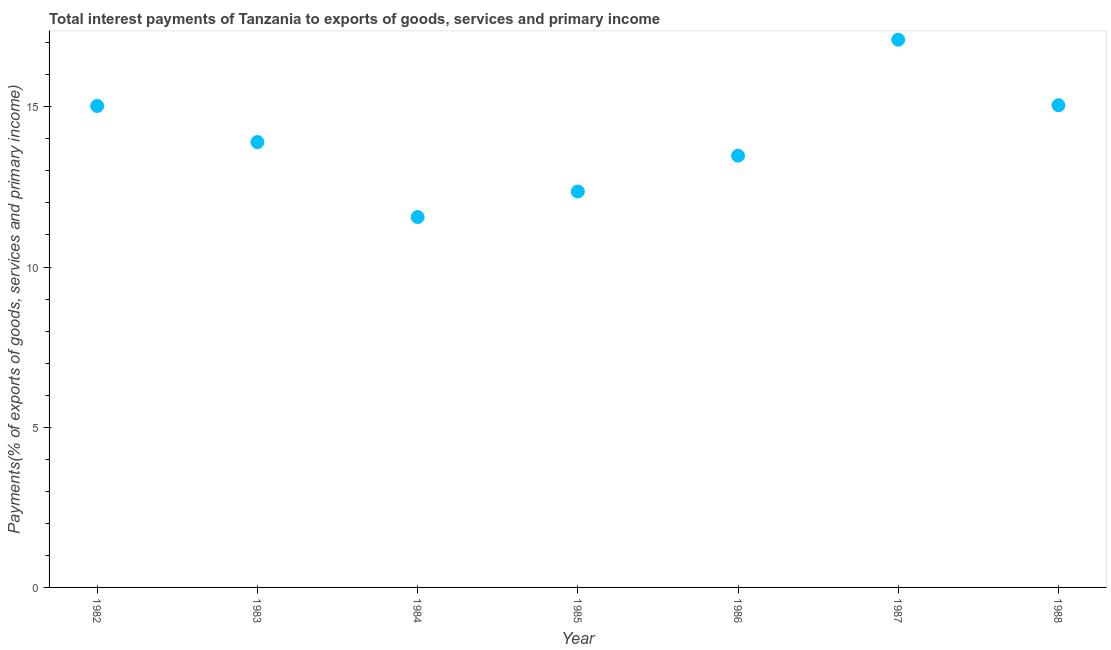
| Year | Interest payments on external debt |
 | --- | --- |
 | 1982 | 15 |
 | 1983 | 13.9 |
 | 1984 | 11.6 |
 | 1985 | 12.4 |
 | 1986 | 13.5 |
 | 1987 | 17.1 |
 | 1988 | 15.1 |